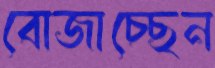
বোজাচ্ছেন